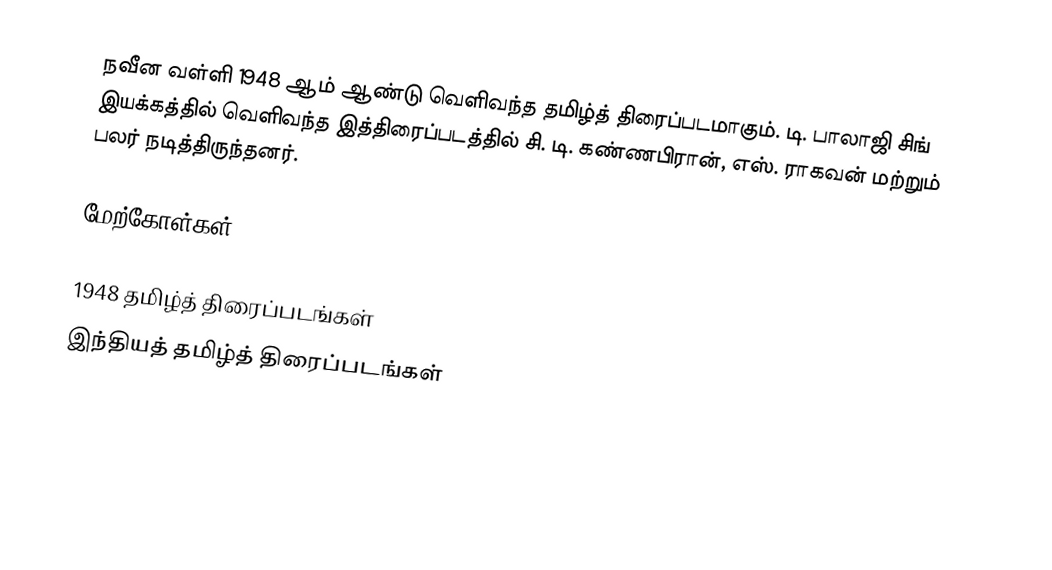
நவீன வள்ளி 1948 ஆம் ஆண்டு வெளிவந்த தமிழ்த் திரைப்படமாகும். டி. பாலாஜி சிங் இயக்கத்தில் வெளிவந்த இத்திரைப்படத்தில் சி. டி. கண்ணபிரான், எஸ். ராகவன் மற்றும் பலர் நடித்திருந்தனர்.

மேற்கோள்கள்

1948 தமிழ்த் திரைப்படங்கள்
இந்தியத் தமிழ்த் திரைப்படங்கள்